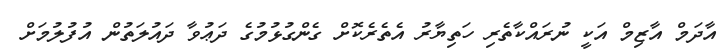
އާދަމް އާޒިމް އަކީ ނުރައްކާތެރި ހަތިޔާރު އެތެރެކޮށް ގެންގުޅުމުގެ ދަޢުވާ ދައުލަތުން އުފުލުމަށް